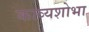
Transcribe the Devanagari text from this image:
काव्यशोभा